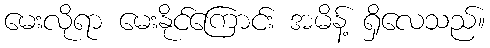
မေးလိုရာ မေးနိုင်ကြောင်း အမိန့် ရှိလေသည်။